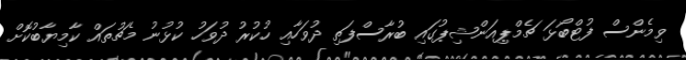
ވިމެންސް ފުޓްބޯޅަ ޗެމްޕިއަންޝިޕުގައި ބުރާސްފަތި ދުވަހާއި ހުކުރު ދުވަހު ކުޅުނު މެޗުތައް ކާމިޔާބުކޮށް